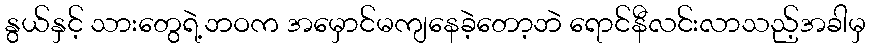
နွယ်နှင့် သားတွေရဲ့ဘဝက အမှောင်မကျနေခဲ့တော့ဘဲ ရောင်နီလင်းလာသည့်အခါမှ